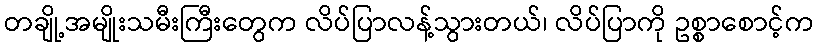
တချို့အမျိုးသမီးကြီးတွေက လိပ်ပြာလန့်သွားတယ်၊ လိပ်ပြာကို ဥစ္စာစောင့်က